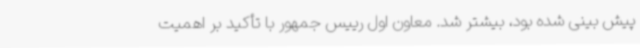
پیش بینی شده بود، بیشتر شد. معاون اول رییس جمهور با تأکید بر اهمیت